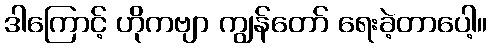
ဒါကြောင့် ဟိုကဗျာ ကျွန်တော် ရေးခဲ့တာပေါ့။